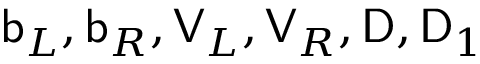
\mathsf { b } _ { L } , \mathsf { b } _ { R } , \mathsf { V } _ { L } , \mathsf { V } _ { R } , \mathsf { D } , \mathsf { D } _ { 1 }